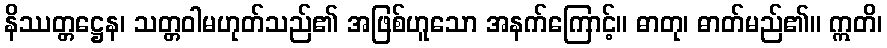
နိဿတ္တဋ္ဌေန၊ သတ္တဝါမဟုတ်သည်၏ အဖြစ်ဟူသော အနက်ကြောင့်။ ဓာတု၊ ဓာတ်မည်၏။ ဣတိ၊